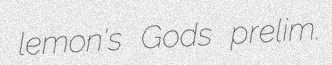
lemon's Gods prelim.